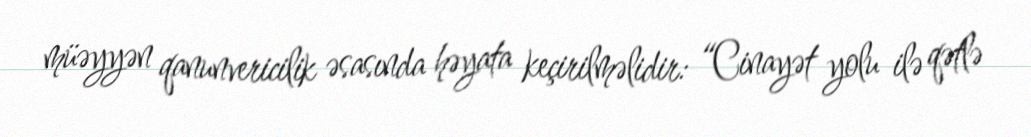
müəyyən qanunvericilik əsasında həyata keçirilməlidir: “Cinayət yolu ilə qətlə